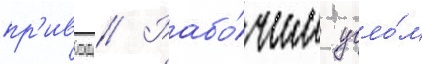
пр'ивод // Рабо́чим угло́м